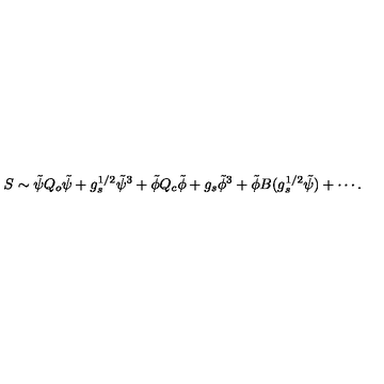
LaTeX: S \sim \tilde { \psi } Q _ { o } \tilde { \psi } + g _ { s } ^ { 1 / 2 } \tilde { \psi } ^ { 3 } + \tilde { \phi } Q _ { c } \tilde { \phi } + g _ { s } \tilde { \phi } ^ { 3 } + \tilde { \phi } B ( g _ { s } ^ { 1 / 2 } \tilde { \psi } ) + \cdots .